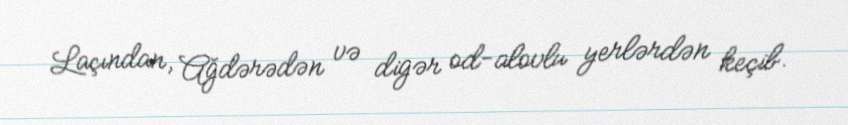
Laçından, Ağdərədən və digər od-alovlu yerlərdən keçib.